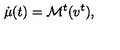
\dot { \mu } ( t ) = { \mathcal M } ^ { t } ( v ^ { t } ) ,